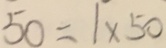
5 0 = 1 \times 5 0